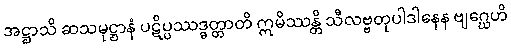
အဋ္ဌာသိ ဆသမုဋ္ဌာနံ ပဋိပ္ပဿဒ္ဓတ္တာတိ ဣမိဿန္တိ သီလဗ္ဗတုပါဒါနေန ဗျဂ္ဃေဟိ